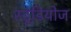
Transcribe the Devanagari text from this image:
स्‍टूडियोज